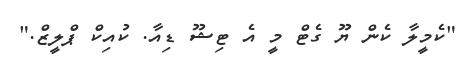
"ކެމީލާ ކެން ޔޫ ގެޓް މީ އެ ޓިޝޫ ޑިއާ. ކުއިކް ޕްލީޒް."